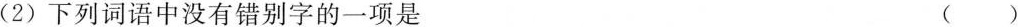
(2)下列词语中没有错别字的一项是 ()